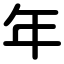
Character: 年